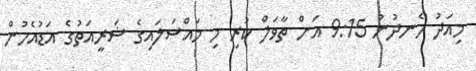
މިއަދު ހެނދުނު 9:15 އަށް ތާވަލް ކުރި މި މައްސަލައިގެ ޝަރީއަތުގެ އަޑުއެހުން